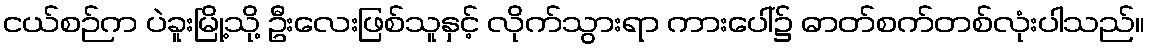
ငယ်စဉ်က ပဲခူးမြို့သို့ ဦးလေးဖြစ်သူနှင့် လိုက်သွားရာ ကားပေါ်၌ ဓာတ်စက်တစ်လုံးပါသည်။